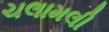
ચલામલી